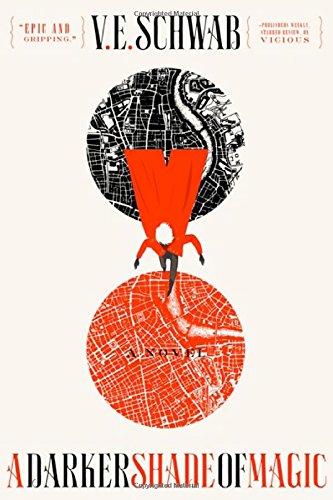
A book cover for A Darker Shade of Magic: A Novel; Victoria Schwab; Science Fiction & Fantasy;